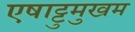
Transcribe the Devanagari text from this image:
एषाट्टुमुखम